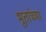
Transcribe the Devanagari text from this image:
भूतांच्या